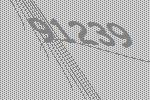
91239